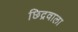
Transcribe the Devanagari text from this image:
छिद्रवाला